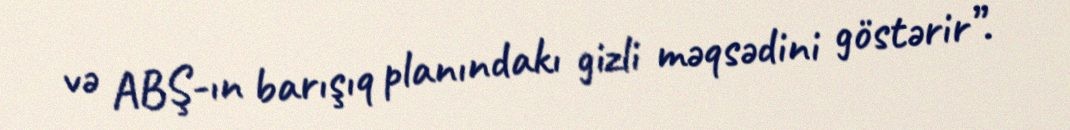
və ABŞ-ın barışıq planındakı gizli məqsədini göstərir”.